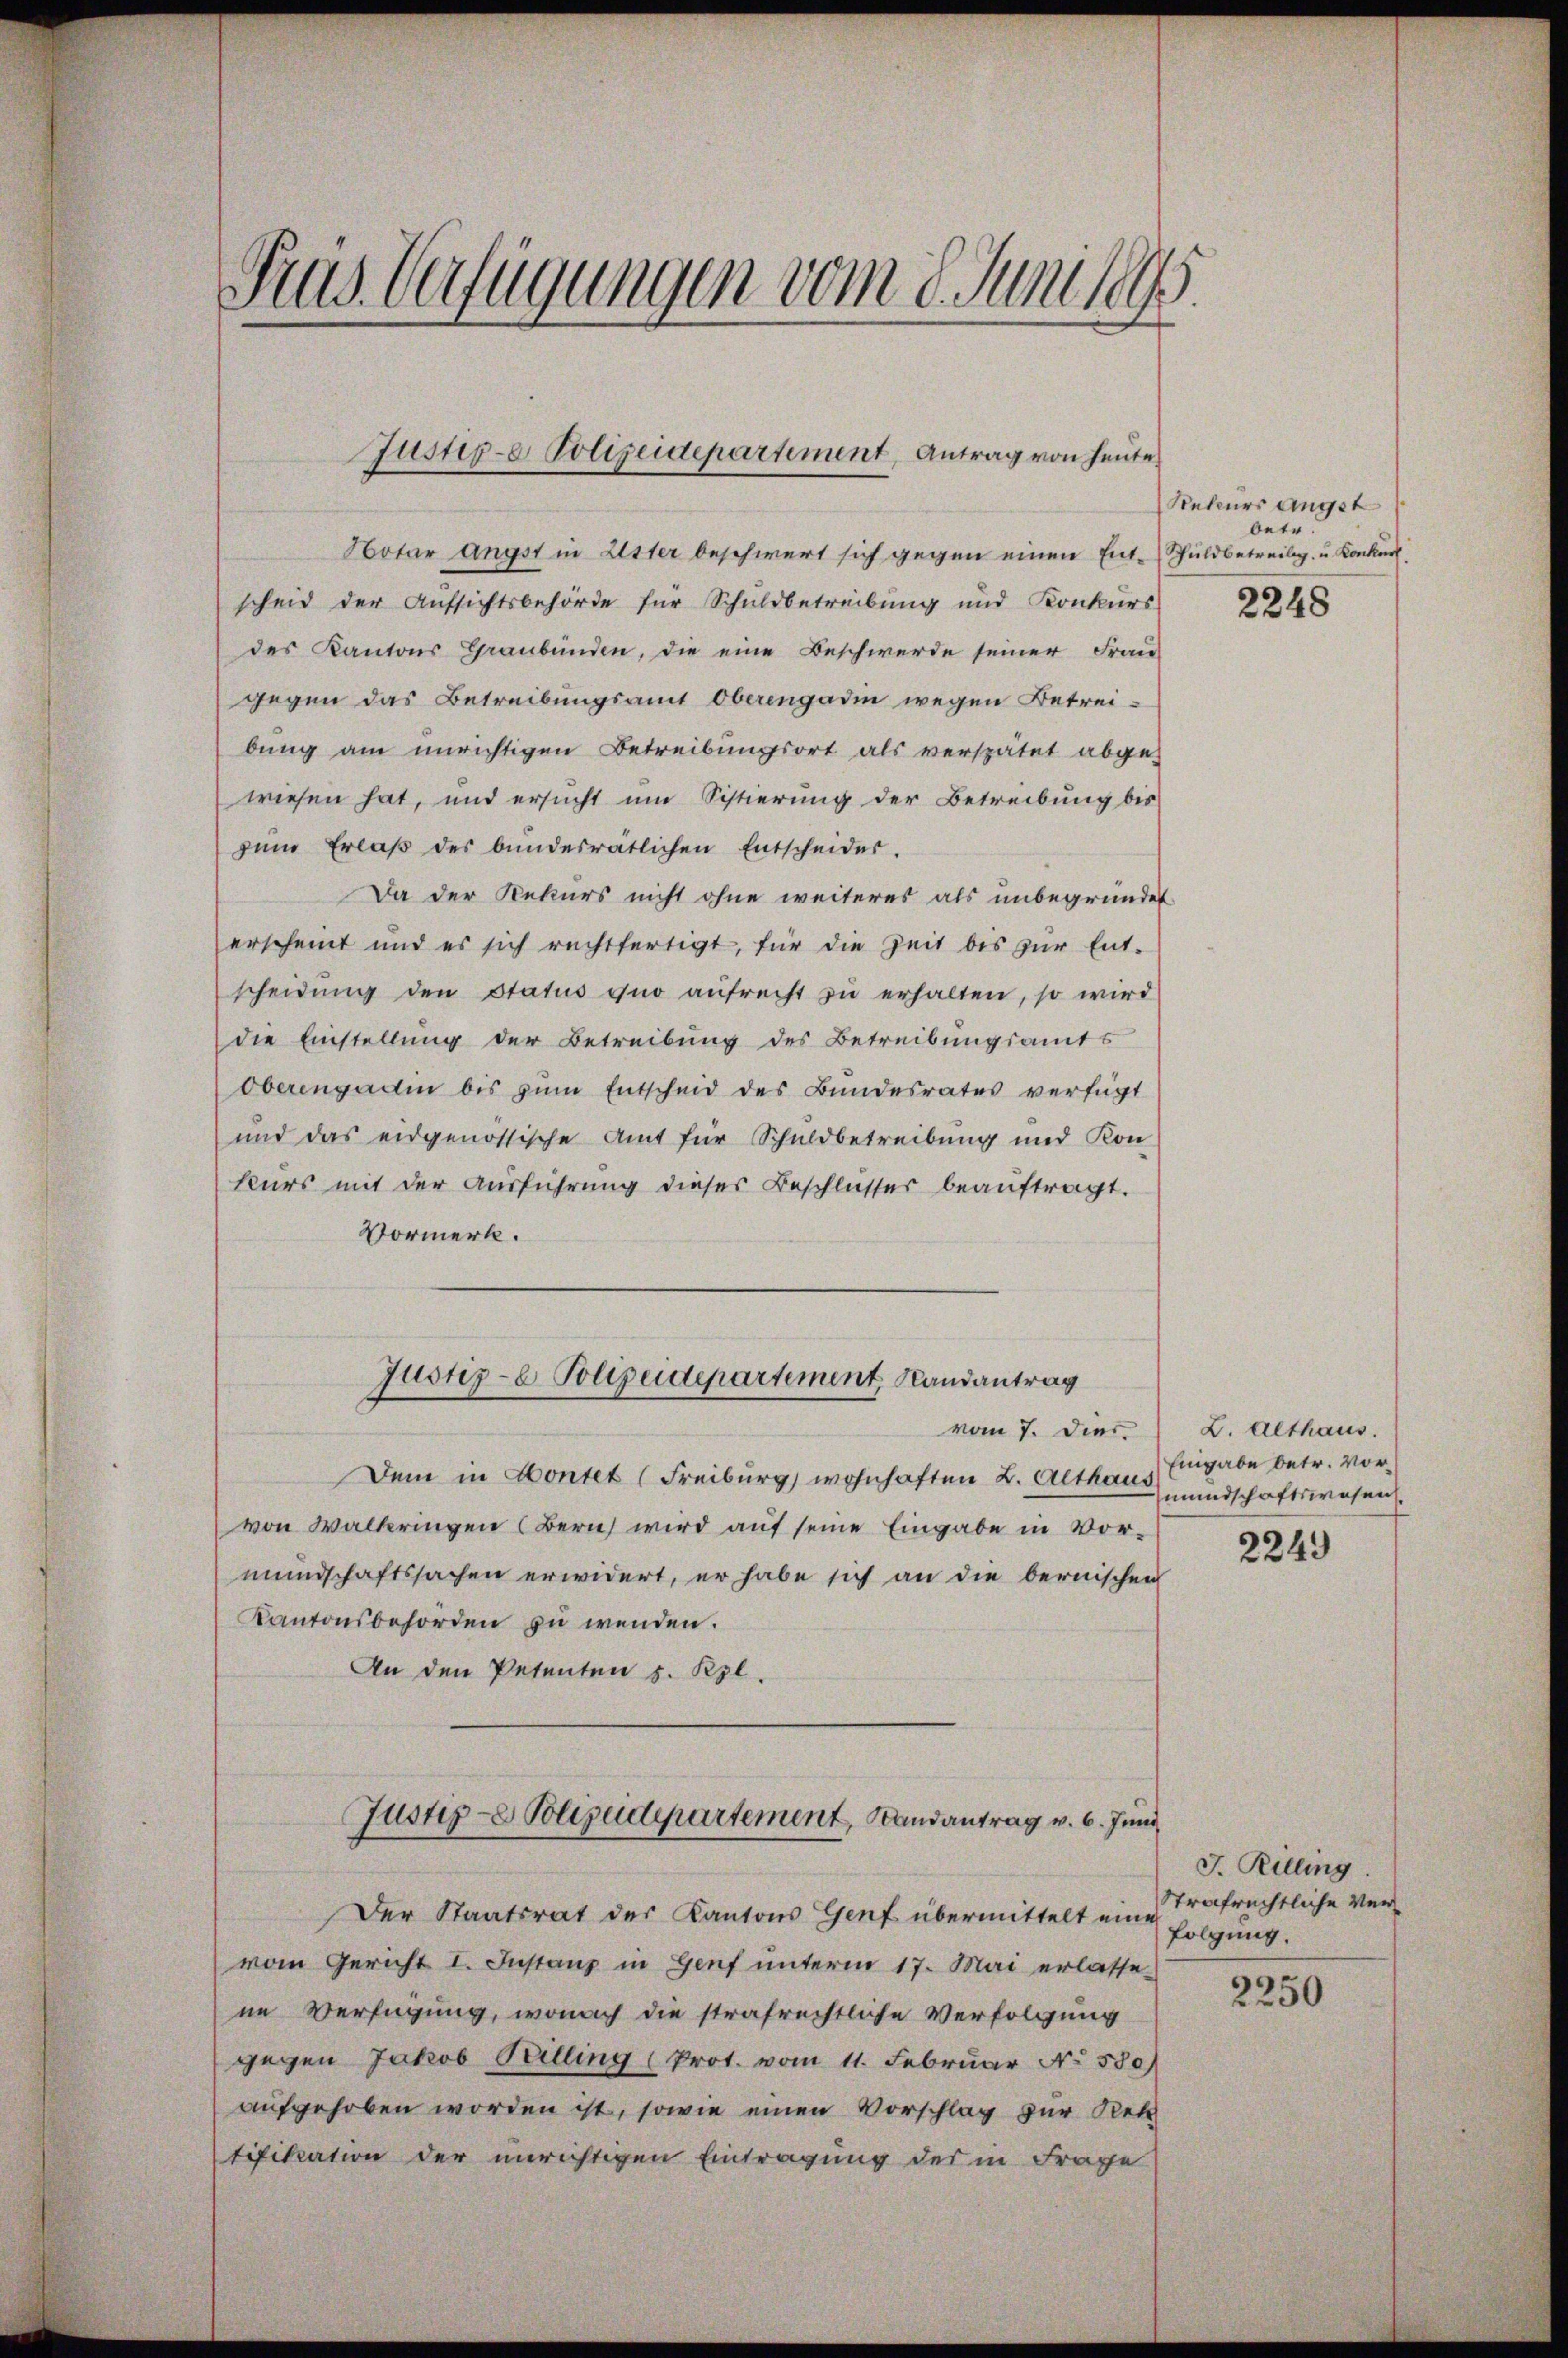
Prus. Verfügungen vom 8. Juni 185

Justige Polizeidepartement, Antrag von heute

Hotar ängst in Lister beschwert sich gegen einen Ent-Schuldbetreibg. u. Konkur
scheid der Aufsichtsbehörde für Schuldbetreibung und Konkurs
des Kantons Graubünden, die eine Beschwerde seiner Frau-
gegen das Betreibungsamt Oberengadin wegen Betrei-
bung am unrichtigen Betreibungsort als verspätet abge-
wiesen hat, und ersucht um Sistierung der Betreibung bis
zum Erlaβ des bundesrätlichen Entscheider.
Da der Rekurs nicht ohne weiteres als unbegründet
erscheint und es sich rechtfertigt, für die Zeit bis zŭr Ent-
scheidŭng den Status quo aŭfrecht zŭ erhalten, so wird
die Einstellung der Betreibung des Betreibungsamts
Oberengadin bis zum Entscheid des Bundesrates verfügt
und das eidgenössische Amt für Schuldbetreibung und Kon
kurs mit der Ausführung dieses Beschlusser beauftragt.
Vormerk.
Justiz- Polizeidepartement, Landantrag
vom 7. Diec. L. althaus.
Dem in Kontet (Freiburg, wohnhaften L. Althaus
von Waltringen (Bern wird auf seine Eingabe in Vor-
mundschaftssachen erwidert, er habe sich an die bernischen
Kantonsbehörden zu wenden.
An den Petenten 5. Rpl.
Justiz- & Polizeidepartement, Randantrag v. 6. Juni
Der Staatsrat des Kantons Genf übermittelt eine
vom Gericht I. Instanz in Genf unterm 17. Mai erlasse-
ne Verfügung, wonach die strafrechtliche Verfolgung
gegen Jakob Peilling (Prot. vom 11. Februar No 580)
aufgehoben worden ist, sowie einen Vorschlag zur Rek
tifikation der unrichtigen Eintragung des in Frage

Rekurs angst
betr.

2248

Eingabe betr. Vormundschaftswesen.

2249

J. Rilling.
Strafrechtliche Verfolgung.

2250